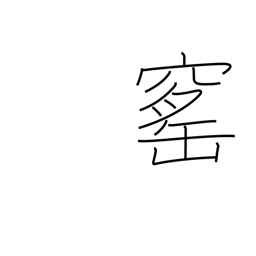
Meaning: brick kiln